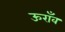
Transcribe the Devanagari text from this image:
ऊराँव